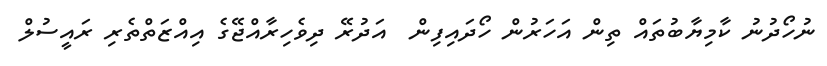
ނުހޯދުނު ކާމިޔާބުތައް ތިން އަހަރުން ހޯދައިފިން  އަދުރޭ ދިވެހިރާއްޖޭގެ އިއްޒަތްތެރި ރައީސުލް